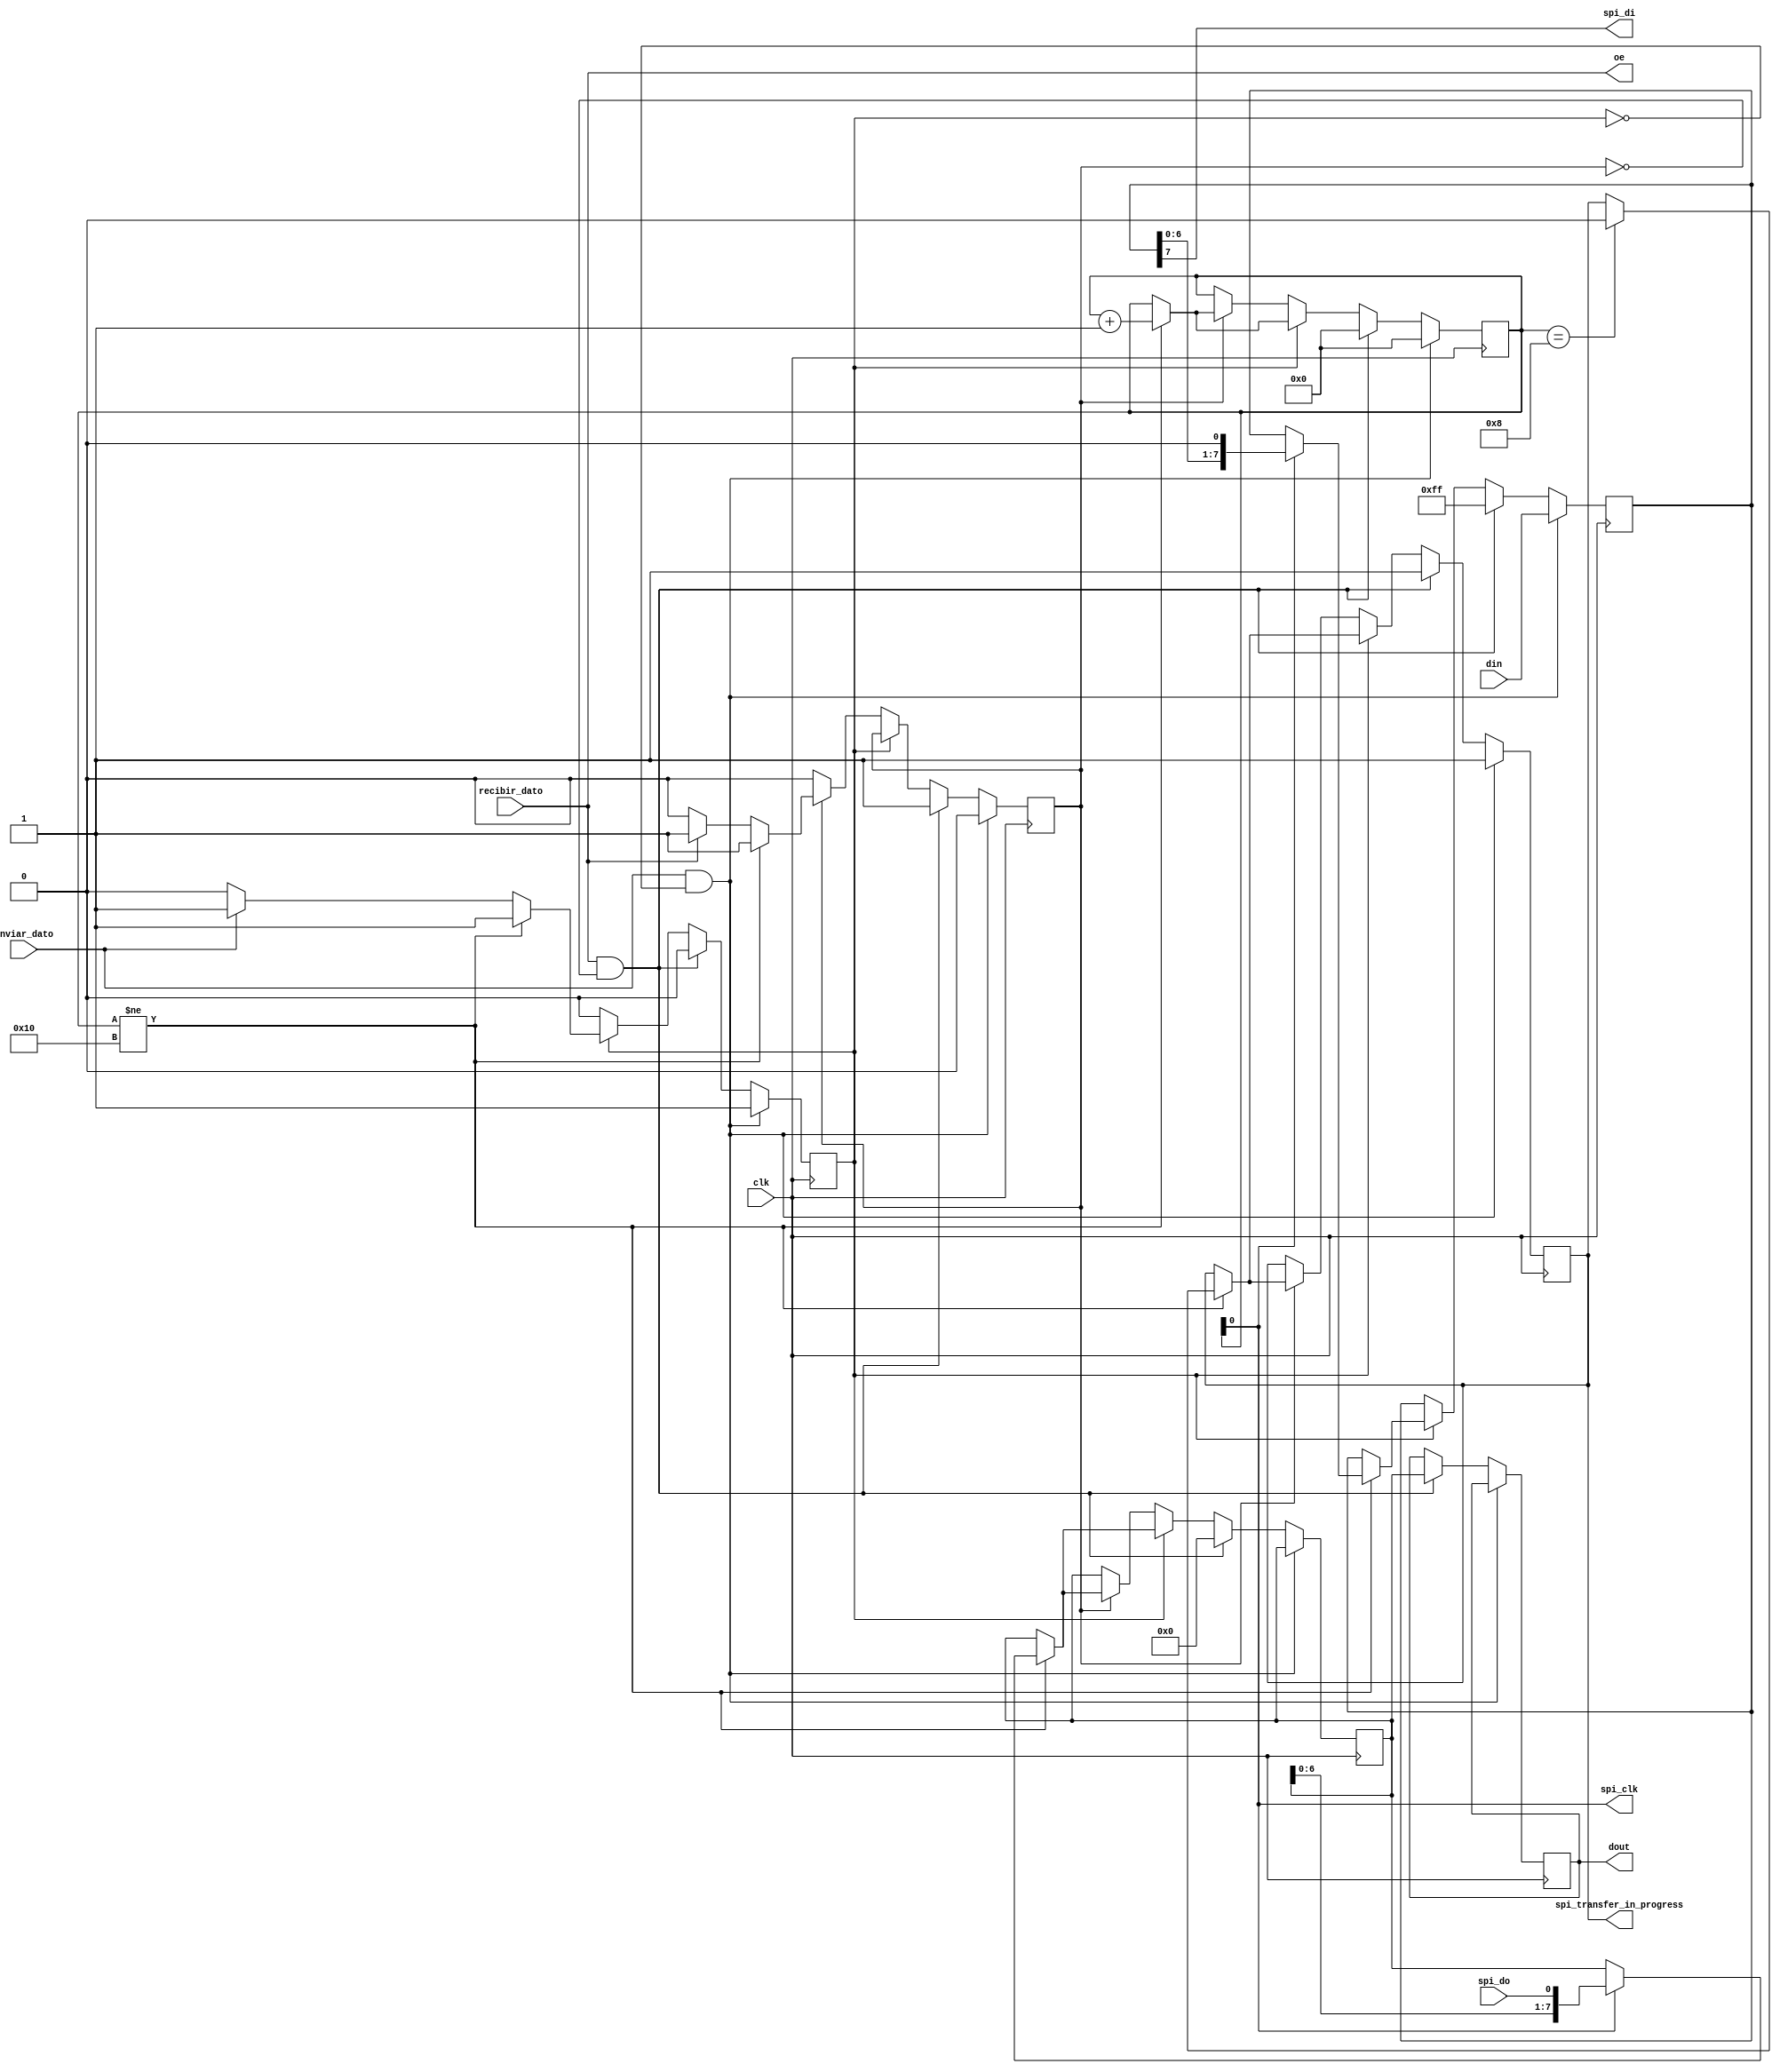
`timescale 1ns / 1ps
`default_nettype none

//    This file is part of the ZXUNO Spectrum core. 
//    Creation date is 00:52:19 2014-03-04 by Miguel Angel Rodriguez Jodar
//    (c)2014-2020 ZXUNO association.
//    ZXUNO official repository: http://svn.zxuno.com/svn/zxuno
//    Username: guest   Password: zxuno
//    Github repository for this core: https://github.com/mcleod-ideafix/zxuno_spectrum_core
//
//    ZXUNO Spectrum core is free software: you can redistribute it and/or modify
//    it under the terms of the GNU General Public License as published by
//    the Free Software Foundation, either version 3 of the License, or
//    (at your option) any later version.
//
//    ZXUNO Spectrum core is distributed in the hope that it will be useful,
//    but WITHOUT ANY WARRANTY; without even the implied warranty of
//    MERCHANTABILITY or FITNESS FOR A PARTICULAR PURPOSE.  See the
//    GNU General Public License for more details.
//
//    You should have received a copy of the GNU General Public License
//    along with the ZXUNO Spectrum core.  If not, see <https://www.gnu.org/licenses/>.
//
//    Any distributed copy of this file must keep this notice intact.

module spi (
   input wire clk,         // 
   input wire enviar_dato, // a 1 para indicar que queremos enviar un dato por SPI
   input wire recibir_dato,// a 1 para indicar que queremos recibir un dato
   input wire [7:0] din,   // del bus de datos de salida de la CPU
   output reg [7:0] dout,  // al bus de datos de entrada de la CPU
   output reg oe,        // el dato en dout es vlido
   output reg spi_transfer_in_progress,
   
   output wire spi_clk,    // Interface SPI
   output wire spi_di,     //
   input wire spi_do       //
   );

   // Modulo SPI.
   reg ciclo_lectura = 1'b0;       // ciclo de lectura en curso
   reg ciclo_escritura = 1'b0;     // ciclo de escritura en curso
   reg [4:0] contador = 5'b00000;  // contador del FSM (ciclos)
   reg [7:0] data_to_spi;          // dato a enviar a la spi por DI
   reg [7:0] data_from_spi;        // dato a recibir desde la spi
   reg [7:0] data_to_cpu;          // ultimo dato recibido correctamente
   
   assign spi_clk = contador[0];   // spi_CLK es la mitad que el reloj del mdulo
   assign spi_di = data_to_spi[7]; // la transmisin es del bit 7 al 0
   
   initial spi_transfer_in_progress = 1'b0;
   
   always @(posedge clk) begin
      if (enviar_dato && !ciclo_escritura) begin  // si ha sido sealizado, iniciar ciclo de escritura
         ciclo_escritura <= 1'b1;
         ciclo_lectura <= 1'b0;
         contador <= 5'b00000;
         data_to_spi <= din;
         spi_transfer_in_progress <= 1'b1;         
      end
      else if (recibir_dato && !ciclo_lectura) begin // si no, si mirar si hay que iniciar ciclo de lectura
         ciclo_lectura <= 1'b1;
         ciclo_escritura <= 1'b0;
         contador <= 5'b00000;
         data_to_cpu <= data_from_spi;
         data_from_spi <= 8'h00;
         data_to_spi <= 8'hFF;  // mientras leemos, MOSI debe estar a nivel alto!       
         spi_transfer_in_progress <= 1'b1;         
      end
      
      // FSM para enviar un dato a la spi
      else if (ciclo_escritura==1'b1) begin
         if (contador!=5'b10000) begin
            if (contador == 5'b01000)
                spi_transfer_in_progress <= 1'b0;            
            if (spi_clk==1'b1) begin
               data_to_spi <= {data_to_spi[6:0],1'b0};
               data_from_spi <= {data_from_spi[6:0],spi_do};
            end
            contador <= contador + 5'd1;
         end
         else begin
            if (!enviar_dato)
               ciclo_escritura <= 1'b0;
         end
      end
      
      // FSM para leer un dato de la spi
      else if (ciclo_lectura==1'b1) begin
         if (contador!=5'b10000) begin
            if (contador == 5'b01000)
                spi_transfer_in_progress <= 1'b0;            
            if (spi_clk==1'b1)
               data_from_spi <= {data_from_spi[6:0],spi_do};
            contador <= contador + 5'd1;
         end
         else begin
            if (!recibir_dato)
               ciclo_lectura <= 1'b0;
         end
      end
   end
   
   always @* begin
      dout = data_to_cpu;
      oe = recibir_dato;
   end   
endmodule